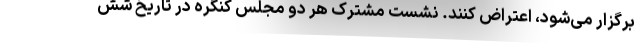
برگزار می‌شود، اعتراض کنند. نشست مشترک هر دو مجلس کنگره در تاریخ شش